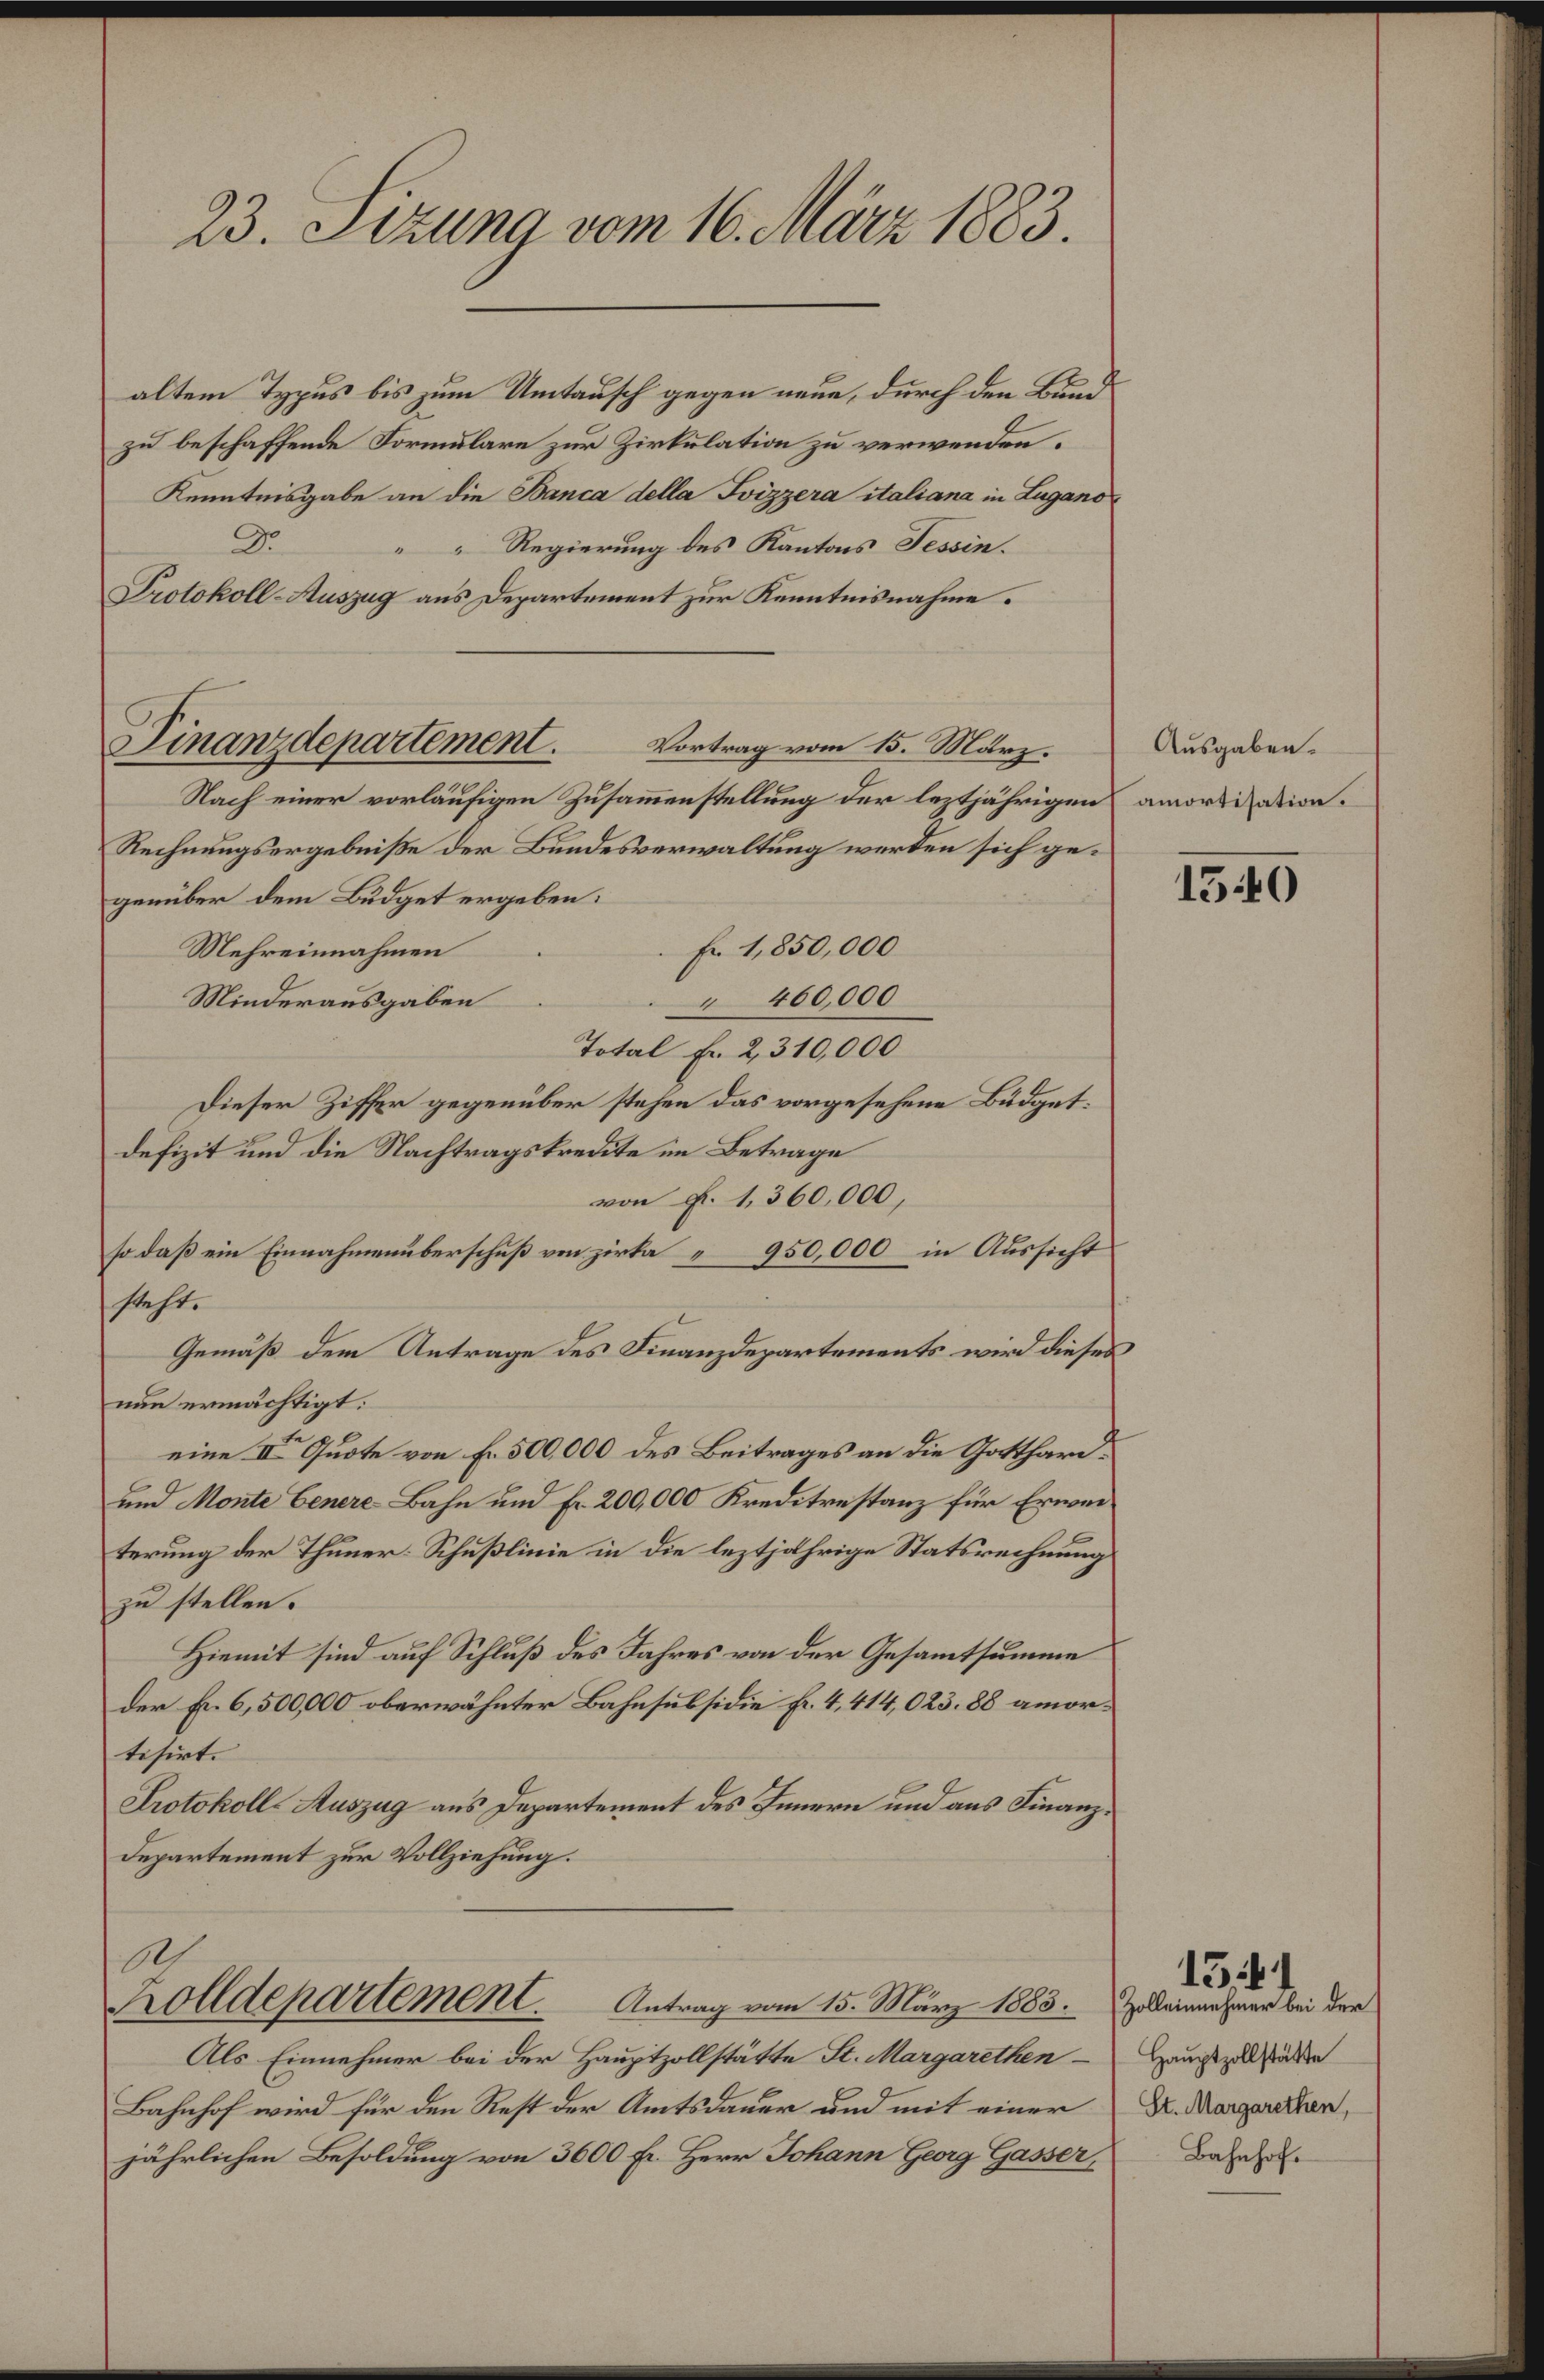
23. Sizung vom 16. März 1883.

Finanzdepartement. Vortrag vom 15. März.

altem Typus bis zum Umtausch gegen neue, durch den Bund
zu beschaffende Formulare zur Zirkulation zu verwenden.
Kenntnisgabe an die Banca della Svizzera italiana in Lugano¬
Dr.
Regierung des Kantons Tessin.
Protokoll-Auszug aus Departement zur Kenntnisnahme.
Nach einer vorläufigen Zusammenstellung der leztjährigen amortisation.
Rechnungsergebniße der Bundesverwaltung werden sich gegenüber dem Budget ergeben:
Fr 1,850,000
Mehreinnahmen
460,000
Minderausgaben
Total Fr. 2, 310,000
Dieser Ziffer gegenüber stehen das vorgesehene Büdgetdefizit und die Nachtragskredite im Betrage
von Fr. 1,360,000,
so daß ein Einnahmenüberschuß von zirka 950,000 in Aussicht
steht.
Gemäß dem Antrage des Finanzdepartements wird dieses
nun ermächtigt.
eine IV Quote von Fr. 500,000 des Beitrages an die Gotthard¬
und Monte Genere Bahn und Fr. 200,000 Kreditrestanz für Erweiterung der Thuner: Schußlinie in die leztjährige Statsrechnung
zu stellen.
Hiemit sind auf Schluß des Jahres von der Gesamtsumme
der Fr. 6,500,000 oberwähnter Bahnsubsidie Fr. 4, 414,023. 88 amortisirt.
Protokoll-Auszug aus Departement des Innern und aus Finanz¬
Departement zur Vollziehung.

Ah
Zolldepartement.            Antrag vom 15. März 1883. Zolleinnehmer bei der

Als Einnehmer bei der Hauptzollstätte St. Margarethen
Bahnhof wird für den Rest der Amtsdauer und mit einer
jährlichen Besoldung von 3600 Fr. Herr Johann Georg Gasser,

Ausgaben.

1540

154
Hauptzollstätte
St. Margarethen,
Bahnhofe